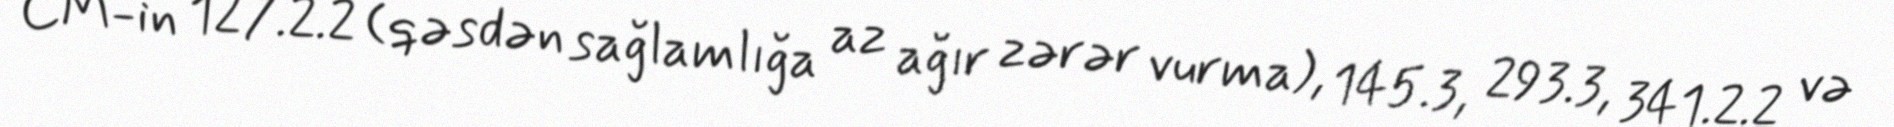
CM-in 127.2.2 (qəsdən sağlamlığa az ağır zərər vurma), 145.3, 293.3, 341.2.2 və